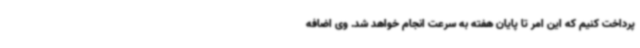
پرداخت کنیم که این امر تا پایان هفته به سرعت انجام خواهد شد. وی اضافه